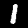
Label: 1